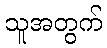
သူအတွက်